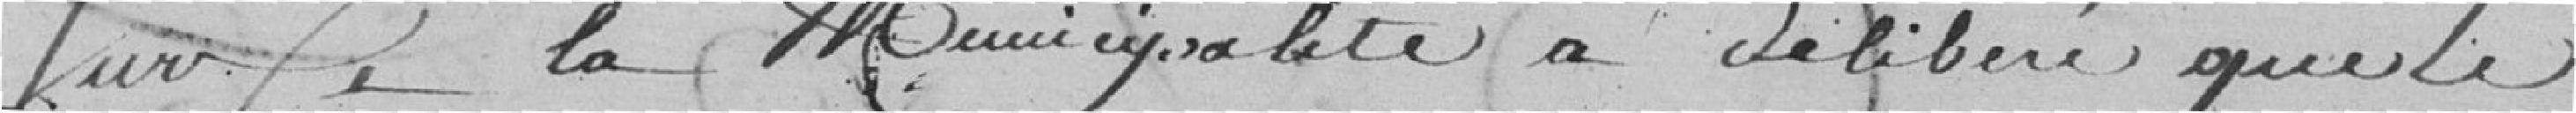
Sur ce la Municipalité a délibéré que le